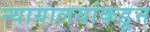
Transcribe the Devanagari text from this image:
न्यायालयांकडून